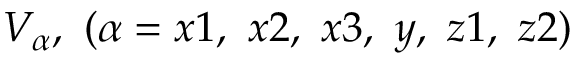
V _ { \alpha } , \ ( \alpha = x 1 , \ x 2 , \ x 3 , \ y , \ z 1 , \ z 2 )